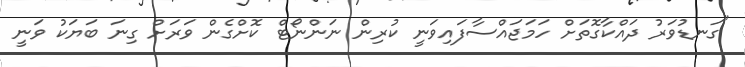
"ގަނޑުވަރު ދައްކާގޮތަށް ހަމަޖައްސާފައިވަނީ ކުރިން ނަންނޯޓް ކޮށްގެން ވަރަށް ގިނަ ބަޔަކު ވަނީ